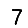
Digit: 7